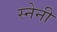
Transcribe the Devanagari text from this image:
स्नेनी